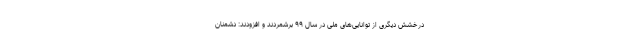
درخشش دیگری از توانایی‌های ملی در سال ۹۹ برشمردند و افزودند: دشمنان